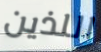
اللذين